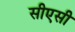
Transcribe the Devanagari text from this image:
सीएसी